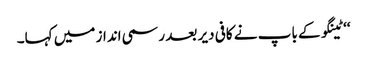
‘‘ ٹینگو کے باپ نے کافی دیر بعد رسمی انداز میں کہا۔